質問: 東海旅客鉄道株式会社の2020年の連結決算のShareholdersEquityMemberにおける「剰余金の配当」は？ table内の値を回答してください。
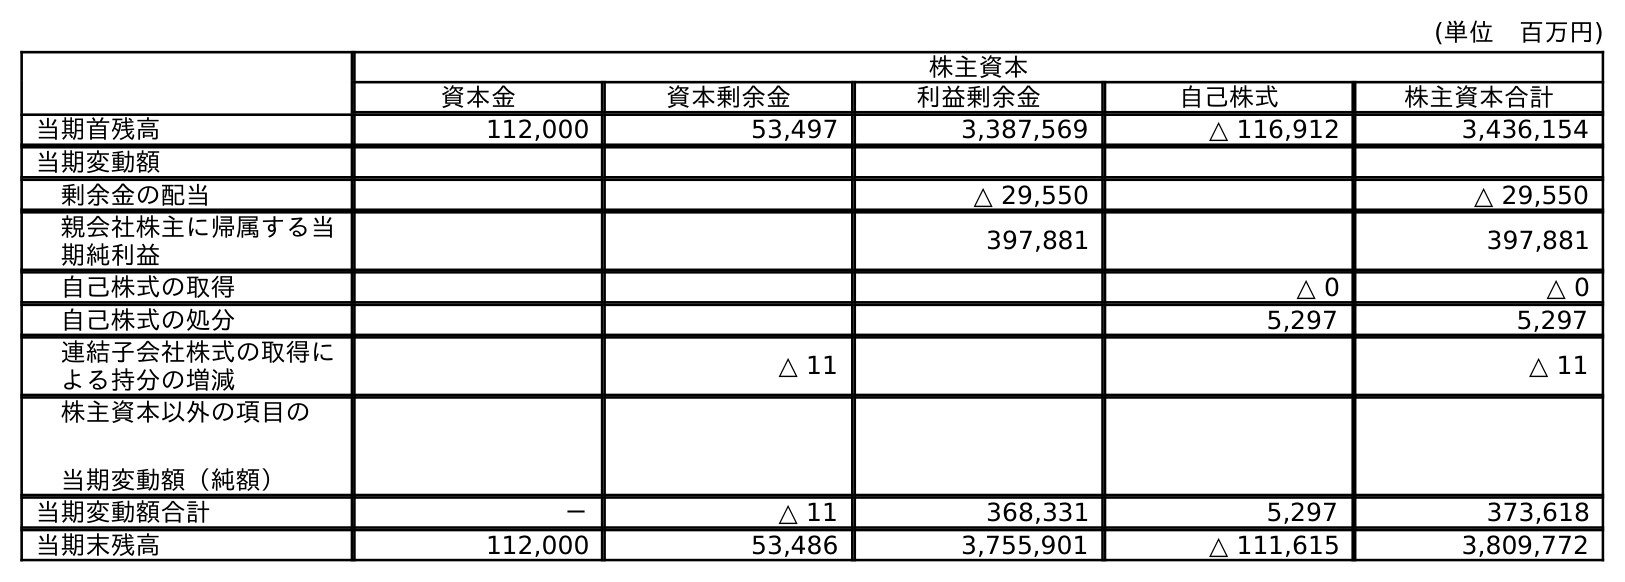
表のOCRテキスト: (単位 百万円) 株主資本 資本金 資本剰余金 利益剰余金 自己株式 株主資本合計 当期首残高 112,000 53,497 3,387,569 △ 116,912 3,436,154 当期変動額 剰余金の配当 △ 29,550 △ 29,550 親会社株主に帰属する当 期純利益 397,881 397,881 自己株式の取得 △ 0 △ 0 自己株式の処分 5,297 5,297 連結子会社株式の取得に よる持分の増減 △ 11 △ 11 株主資本以外の項目の 当期変動額（純額） 当期変動額合計 － △ 11 368,331 5,297 373,618 当期末残高 112,000 53,486 3,755,901 △ 111,615 3,809,772
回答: △29,550